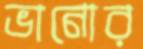
ভানোর